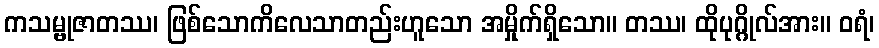
ကသမ္ဗုဇာတဿ၊ ဖြစ်သောကိလေသာတည်းဟူသော အမှိုက်ရှိသော။ တဿ၊ ထိုပုဂ္ဂိုလ်အား။ ဝရံ၊